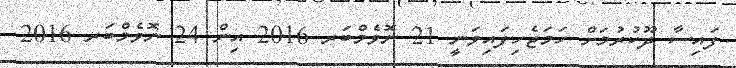
ފައިސާ ދޫކުރުމަށް ހަމަޖެހިފައިވަނީ 21 ނޮވެމްބަރ 2016 އިން 24 ނޮވެމްބަރ 2016